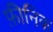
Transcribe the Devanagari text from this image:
फ़ीनिक